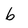
Character: b